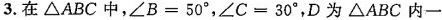
3. 在△ABC中，$$∠ B = 5 0 °$$，$$∠ C = 3 0 °$$，D为△ABC内一